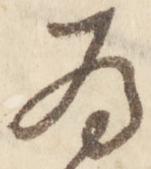
為